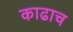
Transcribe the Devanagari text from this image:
काढाच